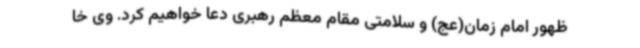
ظهور امام زمان(عج) و سلامتی مقام معظم رهبری دعا خواهیم کرد. وی خا